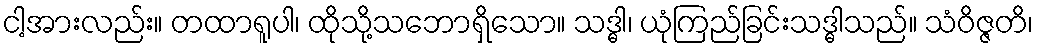
ငါ့အားလည်း။ တထာရူပါ၊ ထိုသို့သဘောရှိသော။ သဒ္ဓါ၊ ယုံကြည်ခြင်းသဒ္ဓါသည်။ သံဝိဇ္ဇတိ၊